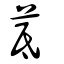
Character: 茋